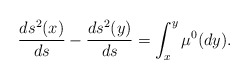
\begin{align*}\frac{ds^2(x)}{ds}-\frac{ds^2(y)}{ds}=\int_x^y \mu^0(dy).\end{align*}